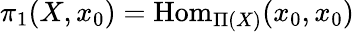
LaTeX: \pi_{1}(X,x_{0})=\mathrm{Hom}_{\Pi(X)}(x_{0},x_{0})